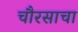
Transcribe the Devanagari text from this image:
चौरसाचा